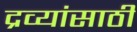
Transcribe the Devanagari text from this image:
द्रव्यांसाठी